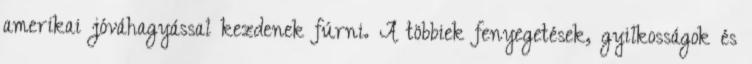
amerikai jóváhagyással kezdenek fúrni. A többiek fenyegetések, gyilkosságok és